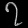
Digit: ၇